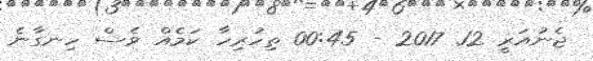
ޖެނުއަރީ 12